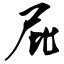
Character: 屁